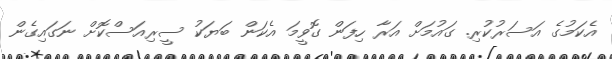
އެކަމުގެ އަސަރުކުރި. ގައުމަށް އަރާ ހިފަން ގޮވީމަ އެކަން ބަޔަކު ސީރިއަސްކޮށް ނަގައިގެން